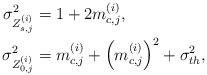
LaTeX: \begin{align*}\sigma_{Z_{s,j}^{(i)}}^2&=1+2m_{c,j}^{(i)},\\\sigma_{Z_{0,j}^{(i)}}^2&=m_{c,j}^{(i)}+\left(m_{c,j}^{(i)}\right)^2+\sigma_{th}^2,\end{align*}